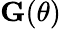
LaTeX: \mathbf G(\theta)